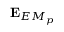
\mathbf { E } _ { E M _ { p } }